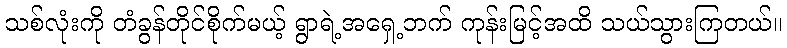
သစ်လုံးကို တံခွန်တိုင်စိုက်မယ့် ရွာရဲ့အရှေ့ဘက် ကုန်းမြင့်အထိ သယ်သွားကြတယ်။